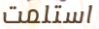
استلمت